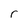
Character: r